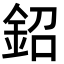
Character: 鉊